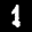
Label: 1